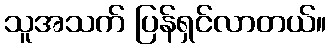
သူအသက် ပြန်ရှင်လာတယ်။